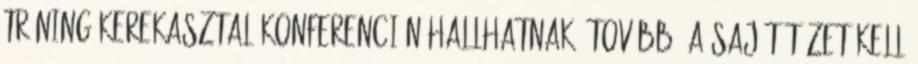
Tréning Kerekasztal konferencián hallhatnak. tovább. A saját tüzet kell